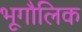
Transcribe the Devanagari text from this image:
भूगौलिक